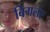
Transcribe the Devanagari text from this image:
बिगलर